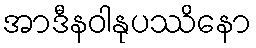
အာဒီနဝါနုပဿိနော